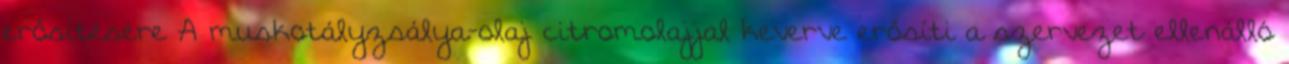
erősítésére A muskotályzsálya-olaj citromolajjal keverve erősíti a szervezet ellenálló